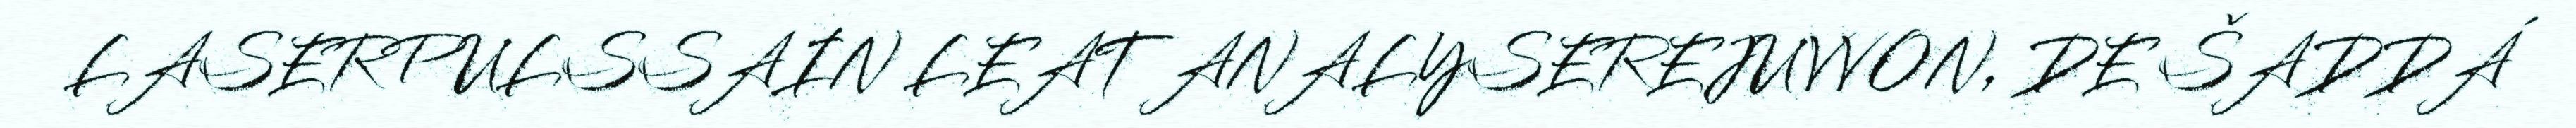
LASERPULSSAIN LEAT ANALYSEREJUVVON, DE ŠADDÁ